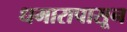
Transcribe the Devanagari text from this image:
धमारापासून